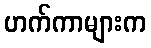
ဟက်ကာများက